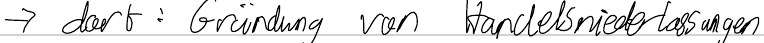
-> dort: Gründung von Handelsniederlassungen